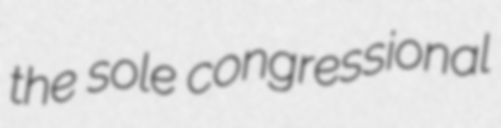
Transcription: the sole congressional